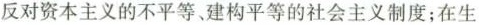
反对资本主义的不平等、建构平等的社会主义制度；在生